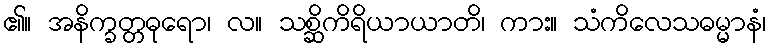
၏။ အနိက္ခတ္တဓုရော၊ လ။ သစ္ဆိကိရိယာယာတိ၊ ကား။ သံကိလေသဓမ္မာနံ၊